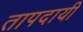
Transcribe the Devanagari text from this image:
तापदायी